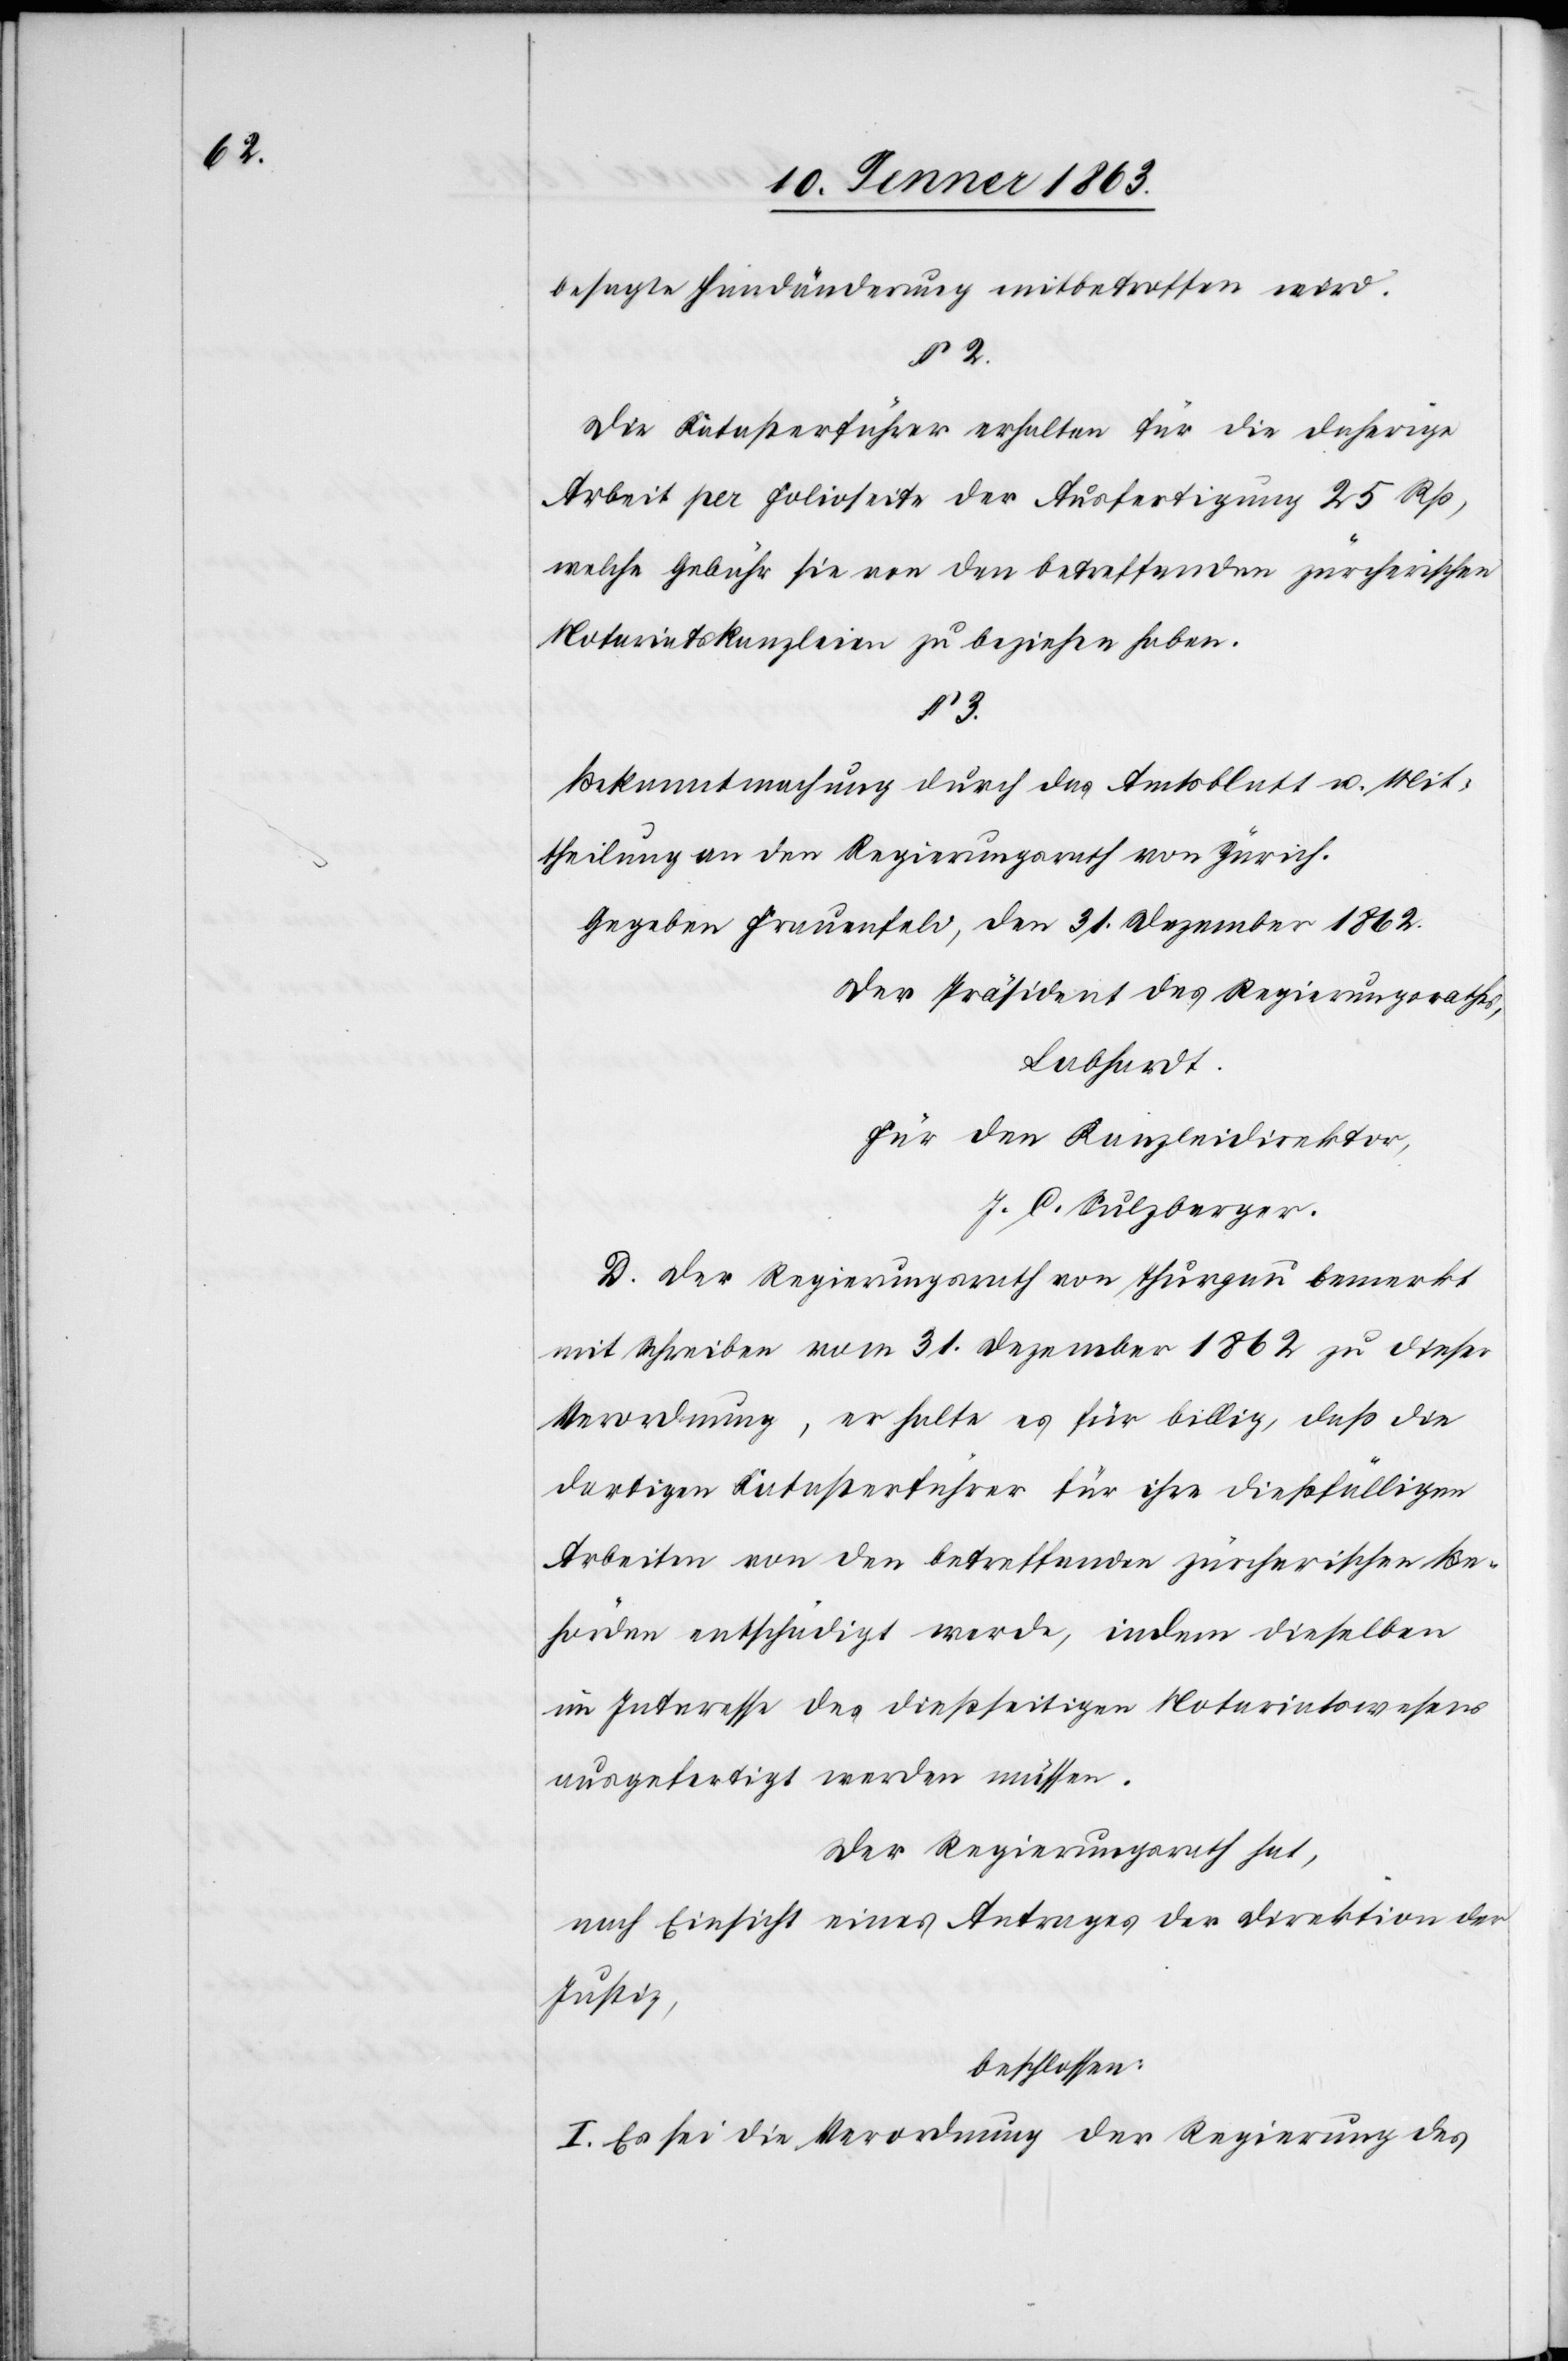
besagte Handänderung mitbetroffen wird.
§ 2.
Die Katasterführer erhalten für die daherige
Arbeit per Folioseite der Ausfertigung 25 Rp,
welche Gebühr sie von den betreffenden zürcherischen
Notariatskanzleien zu beziehen haben.
§ 3.
Bekanntmachung durch das Amtsblatt u. Mit¬
theilung an den Regierungsrath von Zürich.
Gegeben Frauenfeld, den 31. Dezember 1862.
Der Präsident des Regierungsrathes,
Lobhardt.
Für den Kanzleidirektor,
J. C. Sulzberger.
D. Der Regierungsrath von Thurgau bemerkt
mit Schreiben vom 31. Dezember 1862 zu dieser
Verordnung, er halte es für billig, daß die
dortigen Katasterführer für ihre dießfälligen
Arbeiten von den betreffenden zürcherischen Be¬
hörden entschädigt werde [sic!], indem dieselben
im Interesse des dießseitigen Notariatswesens
ausgefertigt werden müssen.
Der Regierungsrath hat,
nach Einsicht eines Antrages der Direktion der
Justiz,
beschlossen:
I. Es sei die Verordnung der Regierung des